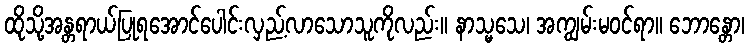
ထိုသို့အန္တရာယ်ပြုရအောင်ပေါင်းလှည့်လာသောသူကိုလည်း။ နာသ္မသေ၊ အကျွမ်းမဝင်ရာ။ ဘောန္တော၊